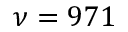
\nu = 9 7 1